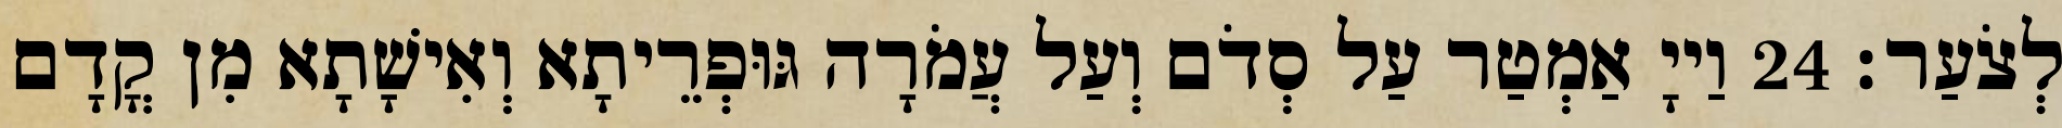
לְצֹעַר׃ 24 וַייָ אַמְטַר עַל סְדֹם וְעַל עֲמֹרָה גּוּפְרֵיתָא וְאִישָׁתָא מִן קֳדָם